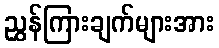
ညွှန်ကြားချက်များအား